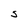
Character: J